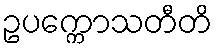
ဥပက္ကောသတီတိ